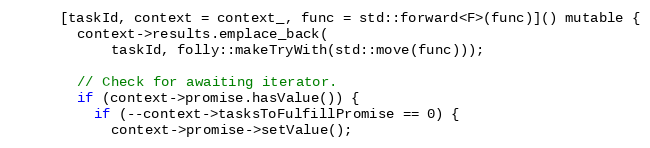
Language: C
      [taskId, context = context_, func = std::forward<F>(func)]() mutable {
        context->results.emplace_back(
            taskId, folly::makeTryWith(std::move(func)));

        // Check for awaiting iterator.
        if (context->promise.hasValue()) {
          if (--context->tasksToFulfillPromise == 0) {
            context->promise->setValue();